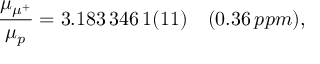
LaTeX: \frac { \mu _ { \mu ^ { + } } } { \mu _ { p } } = 3 . 1 8 3 \, 3 4 6 \, 1 ( 1 1 ) \quad ( 0 . 3 6 \, p p m ) ,